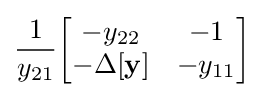
{\frac {1}{y_{21}}}{\begin{bmatrix}-y_{22}&-1\\-\Delta \mathbf {[y]} &-y_{11}\end{bmatrix}}